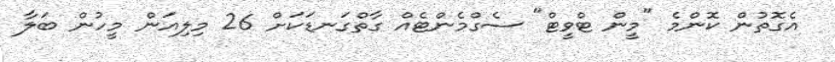
އެގޮތުން ކޮންމެ "މީން ޓްވީޓް" ސެގްމެންޓެއް ގާތްގަނޑަކަށް 26 މިލިއަން މީހުން ބަލާ